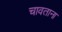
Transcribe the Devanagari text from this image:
चावताना